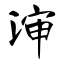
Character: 渖